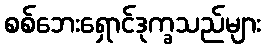
စစ်ဘေးရှောင်ဒုက္ခသည်များ